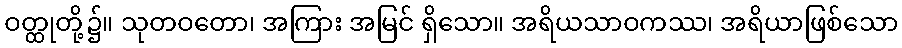
ဝတ္ထုတို့၌။ သုတဝတော၊ အကြား အမြင် ရှိသော။ အရိယသာဝကဿ၊ အရိယာဖြစ်သော